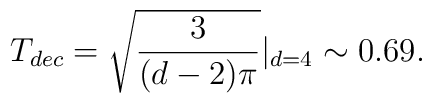
T_{dec}=\sqrt{\frac{3}{(d-2)\pi}}|_{d=4}\sim 0.69.